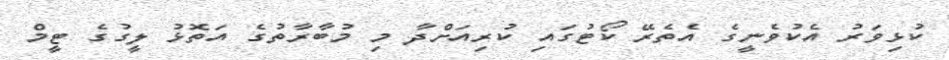
ކުޅިވަރު އެކުވެނީގެ އެތެރޭ ކޯޓުގައި ކުރިއަށްދާ މި މުބާރާތުގެ އަތޮޅު ލީގުގެ ޓީމް